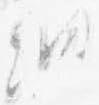
納